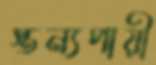
স্তন্যপায়ী